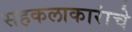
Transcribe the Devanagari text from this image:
सहकलाकारांचे